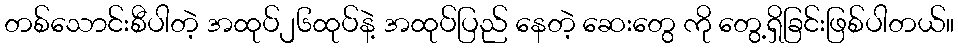
တစ်သောင်းစီပါတဲ့ အထုပ်၂၆ထုပ်နဲ့ အထုပ်ပြည် နေတဲ့ ဆေးတွေ ကို တွေ့ရှိခြင်းဖြစ်ပါတယ်။